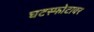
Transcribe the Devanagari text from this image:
घटस्फोटावर